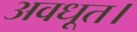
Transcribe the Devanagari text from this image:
अवधूत।